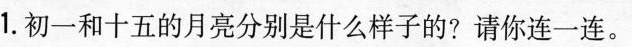
1.初一和十五的月亮分别是什么样子的？请你连一连。